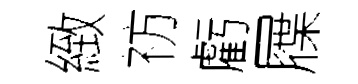
緻祊虧屧